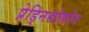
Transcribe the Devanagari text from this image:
प्रेड्निसोलोन